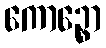
ကောဉ္စော